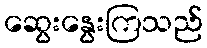
ဆွေးနွေးကြသည်